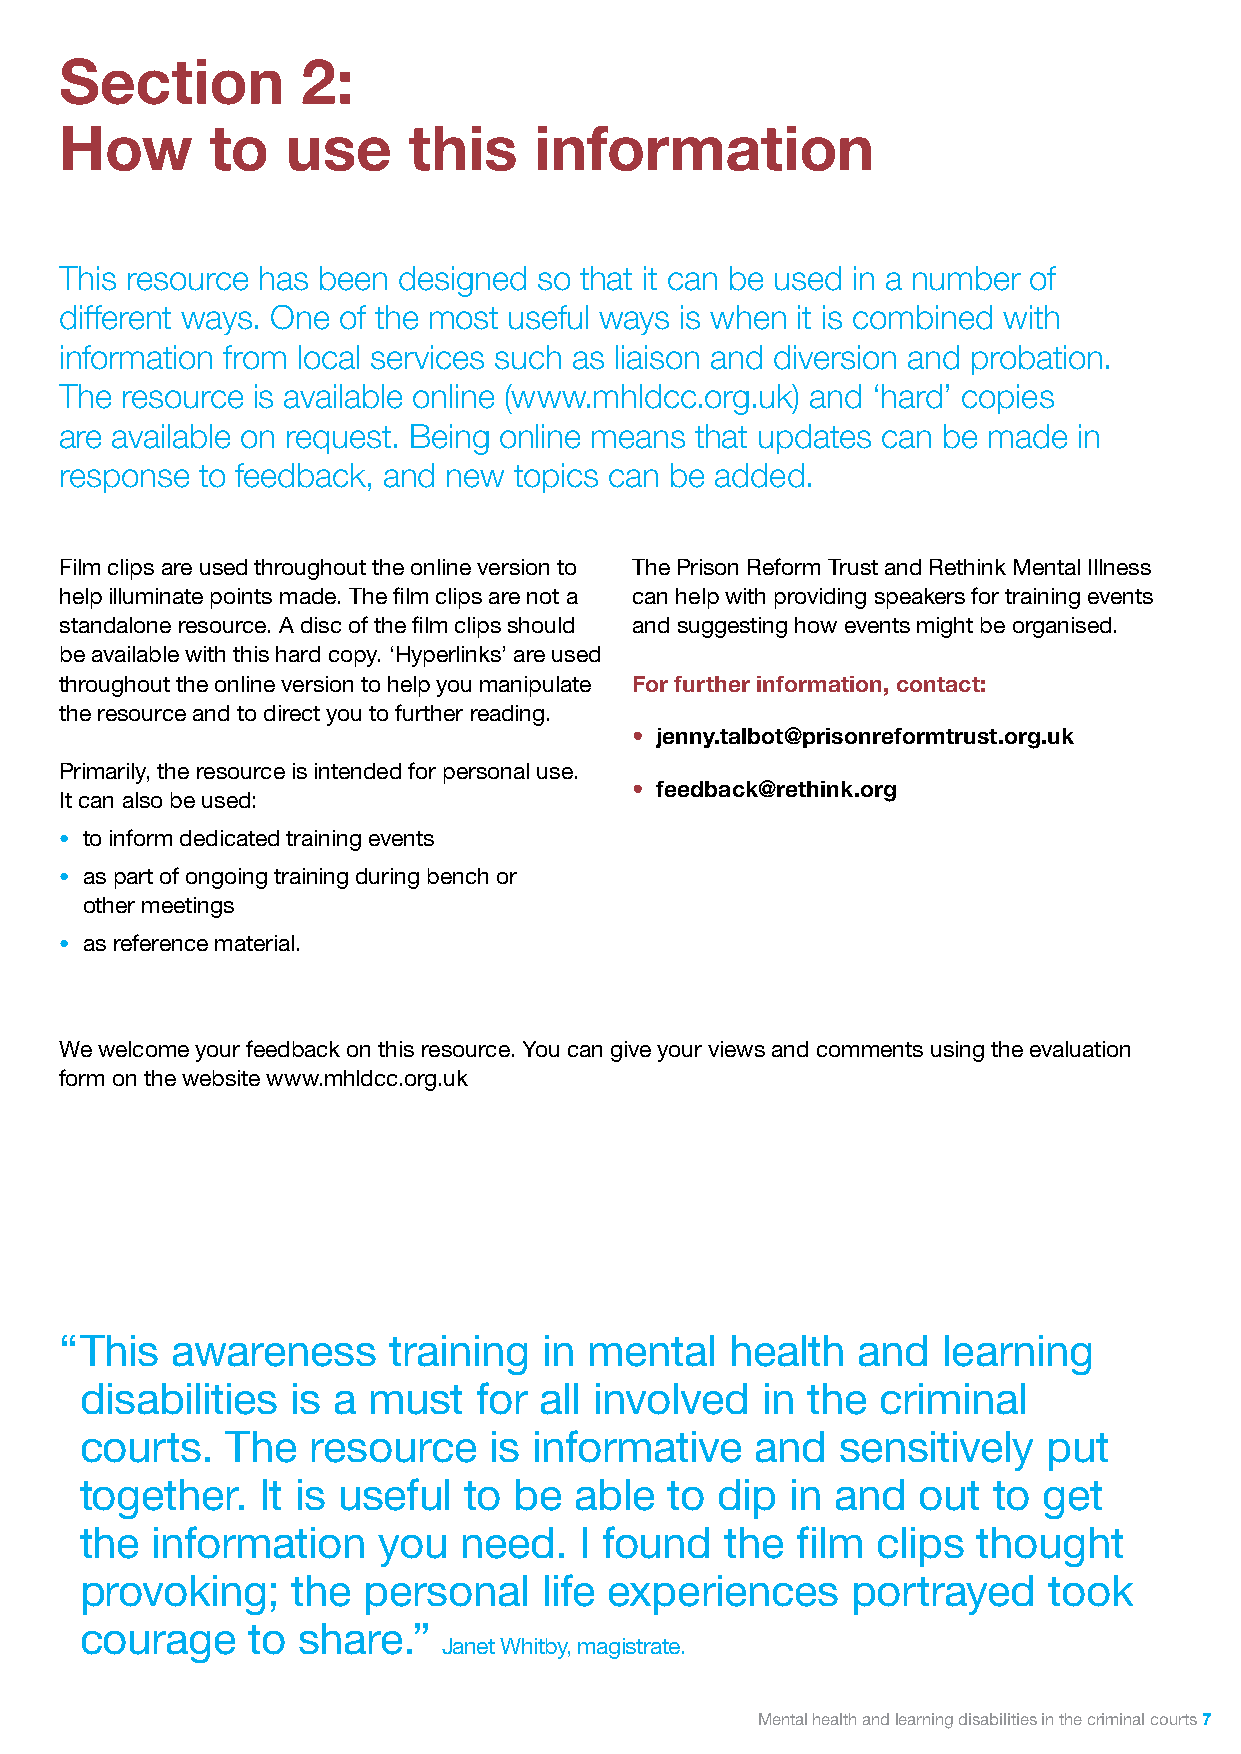
Section         2:
 How       to   use     this    information
 This resource has been designed so that it can be used in a number of
 different ways. One of the most useful ways is when it is combined with
 information from local services such as liaison and diversion and probation.
 The resource is available online (www.mhldcc.org.uk) and ‘hard’ copies
 are available on request. Being online means that updates can be made in
 response to feedback, and new topics can be added.
 Film clips are used throughout the online version to The Prison Reform Trust and Rethink Mental Illness
 help illuminate points made. The film clips are not a can help with providing speakers for training events
 standalone resource. A disc of the film clips should and suggesting how events might be organised.
 be available with this hard copy. ‘Hyperlinks’ are used
 throughout the online version to help you manipulate For further information, contact:
 the resource and to direct you to further reading.
 • jenny.talbot@prisonreformtrust.org.uk
 Primarily, the resource is intended for personal use.
 • feedback@rethink.org
 It can also be used:
 • to inform dedicated training events
 • as part of ongoing training during bench or
 other meetings
 • as reference material.
 We welcome your feedback on this resource. You can give your views and comments using the evaluation
 form on the website www.mhldcc.org.uk
 “ This awareness      training  in mental   health   and  learning
 disabilities  is a must    for all involved  in the  criminal
 courts.   The  resource    is informative    and   sensitively  put
 together.   It is useful  to be  able  to dip  in and   out  to get
 the  information    you  need.   I found   the  film clips  thought
 provoking;    the  personal    life experiences    portrayed    took
 courage    to  share.”
 Janet Whitby, magistrate.
 Mental health and learning disabilities in the criminal courts 7